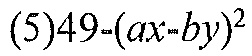
\((5)49-(ax - by)^{2}\)